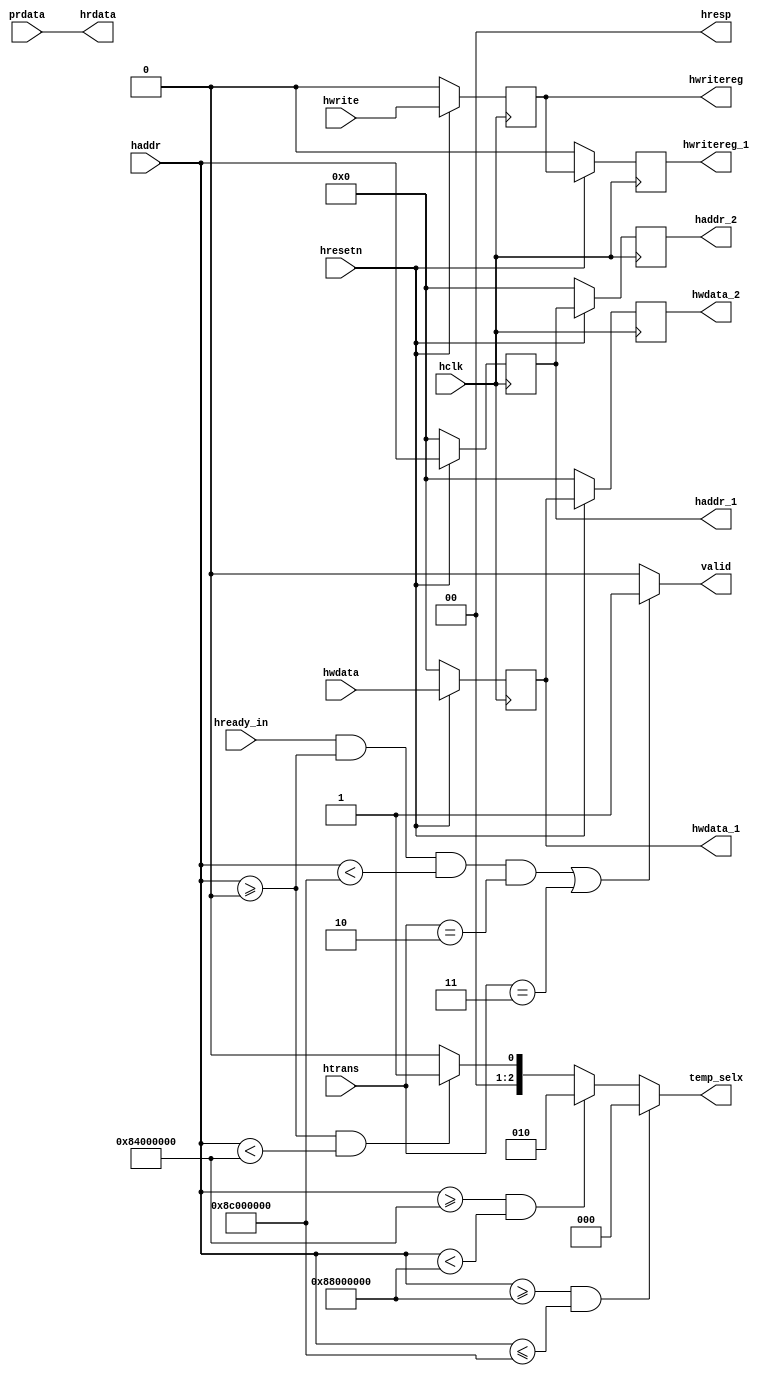
module ahb_slave_interface(input hclk,hresetn,hwrite,hready_in, input [1:0] htrans,input [31:0] haddr,hwdata, 
output reg valid,hwritereg,hwritereg_1, output [1:0] hresp,output reg [2:0] temp_selx,
output reg [31:0] haddr_1,haddr_2,hwdata_1,hwdata_2, output [31:0] hrdata,input [31:0] prdata);

always @(posedge hclk)
begin 
 if(!hresetn)
 begin
 haddr_1<=0;
 haddr_2<=0;
 end
 else 
 begin
 haddr_1<=haddr;
 haddr_2<=haddr_1;
 end
end

always @(posedge hclk)
begin 
 if(!hresetn)
 begin
 hwdata_1<=0;
 hwdata_2<=0;
 end
 else 
 begin
 hwdata_1<=hwdata;
 hwdata_2<=hwdata_1;
 end
end

always @(posedge hclk)
begin 
 if(!hresetn)
 begin
 hwritereg<=0;
 hwritereg_1<=0;
 end
 else 
 begin
 hwritereg<=hwrite;
 hwritereg_1<=hwritereg;
 end
end

always @(*)
begin
 valid=1'b0;
 if(hready_in==1 && haddr>=32'h0000_0000 && haddr<32'h8c00_0000 && 
htrans==2'b10||htrans==2'b11)
 valid=1;
 else
 valid=0;
end

always @(*)
begin
temp_selx=3'b000;
if ( haddr>=32'h0000_0000 && haddr<32'h8400_0000)
 temp_selx=3'b001;
if ( haddr>=32'h8400_0000 && haddr<32'h8800_0000)
 temp_selx=3'b010;
if ( haddr>=32'h8800_0000 && haddr<=32'h8c00_0000)
 temp_selx=3'b000;
 
end
assign hrdata=prdata;
assign hresp=2'b0;
endmodule